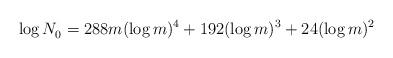
LaTeX: \begin{align*}\log N_0^{} = 288m (\log m)^4 + 192 (\log m)^3 + 24 (\log m)^2\end{align*}